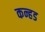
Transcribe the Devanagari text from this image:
कन्हड